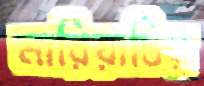
মারিয়াচির